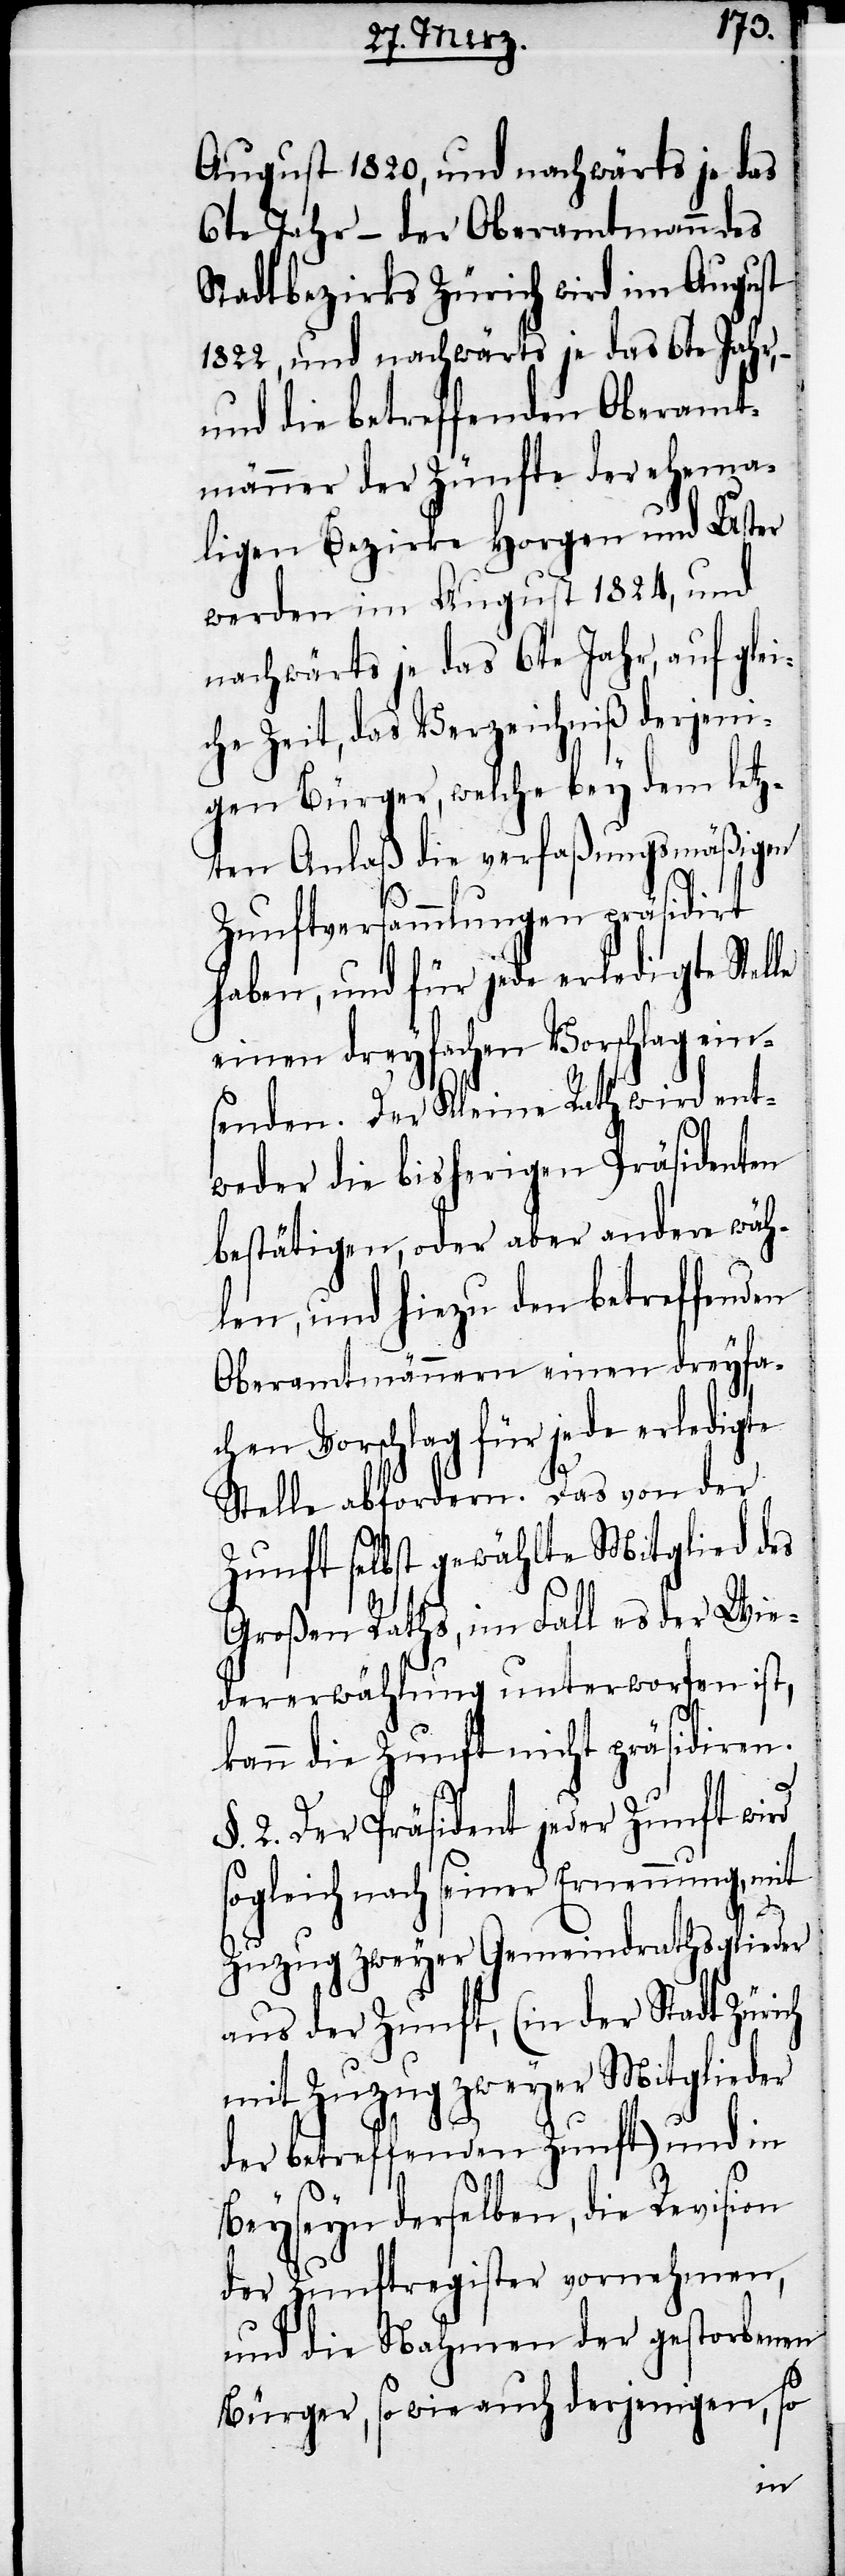
August 1820., und nachwärts je das
6te Jahr – der Oberamtmann des
Stadtbezirks Zürich wird im August
1822, und nachwärts je das 6te Jahr, –
und die betreffenden Oberamt¬
männer der Zünfte der ehema¬
ligen Bezirke Horgen und Uster
werden im August 1824, und
nachwärts je das 6te Jahr, auf glei¬
che Zeit, das Verzeichniß derjeni¬
gen Bürger, welche bey dem letz¬
ten Anlaß die verfaßungsmäßigen
Zunftversammlungen präsidirt
haben, und für jede erledigte Stel¬
einen dreyfachen Vorschlag ein¬
senden. Der Kleine Rath wird ent¬
weder die bisherigen Präsidenten
bestätigen, oder aber andere wäh¬
len, und hiezu den betreffenden
Oberamtmännern einen dreyfa¬
chen Vorschlag für jede erledigte
Stelle abfordern. Das von der
Zunft selbst gewählte Mitglied des
Großen Raths, im Fall es der Wie¬
dererwählung unterworfen ist,
kann die Zunft nicht präsidiren.
§. 2. Der Präsident jeder Zunft wird
sogleich nach seiner Ernennung, mit
Zuzug zweyer Gemeindrathsglieder
aus der Zunft, (in der Stadt Zürich
mit Zuzug zweyer Mitglieder
der betreffenden Zunft) und in
Beyseyn derselben, die Revision
der Zunftregister vornehmen,
und die Nahmen der gestorbenen
Bürger, sowie auch derjenigen, so
le